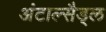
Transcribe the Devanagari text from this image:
अंटाल्सैड्ल